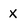
Character: x